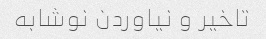
تاخیر و نیاوردن نوشابه